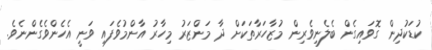
ކުޑަކުދިން ގޮވައިގެން ބެލެނިވެރިން މުޒާހަރާތަކަށް ދާ މަންޒަރު މިހާރު އާންމުވެފައި ވަނީ އެހެންވެގެންނެވެ.